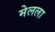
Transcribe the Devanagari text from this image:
मेलला